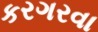
કરગરવા